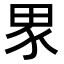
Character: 𭻊